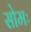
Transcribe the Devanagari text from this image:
सोमः